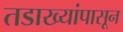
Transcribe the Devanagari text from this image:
तडाख्यांपासून